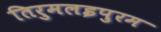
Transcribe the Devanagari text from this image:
तिरुमलइपुरम